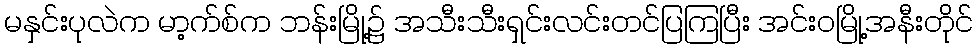
မနှင်းပုလဲက မာ့က်စ်က ဘန်းမြို့၌ အသီးသီးရှင်းလင်းတင်ပြကြပြီး အင်းဝမြို့အနီးတိုင်